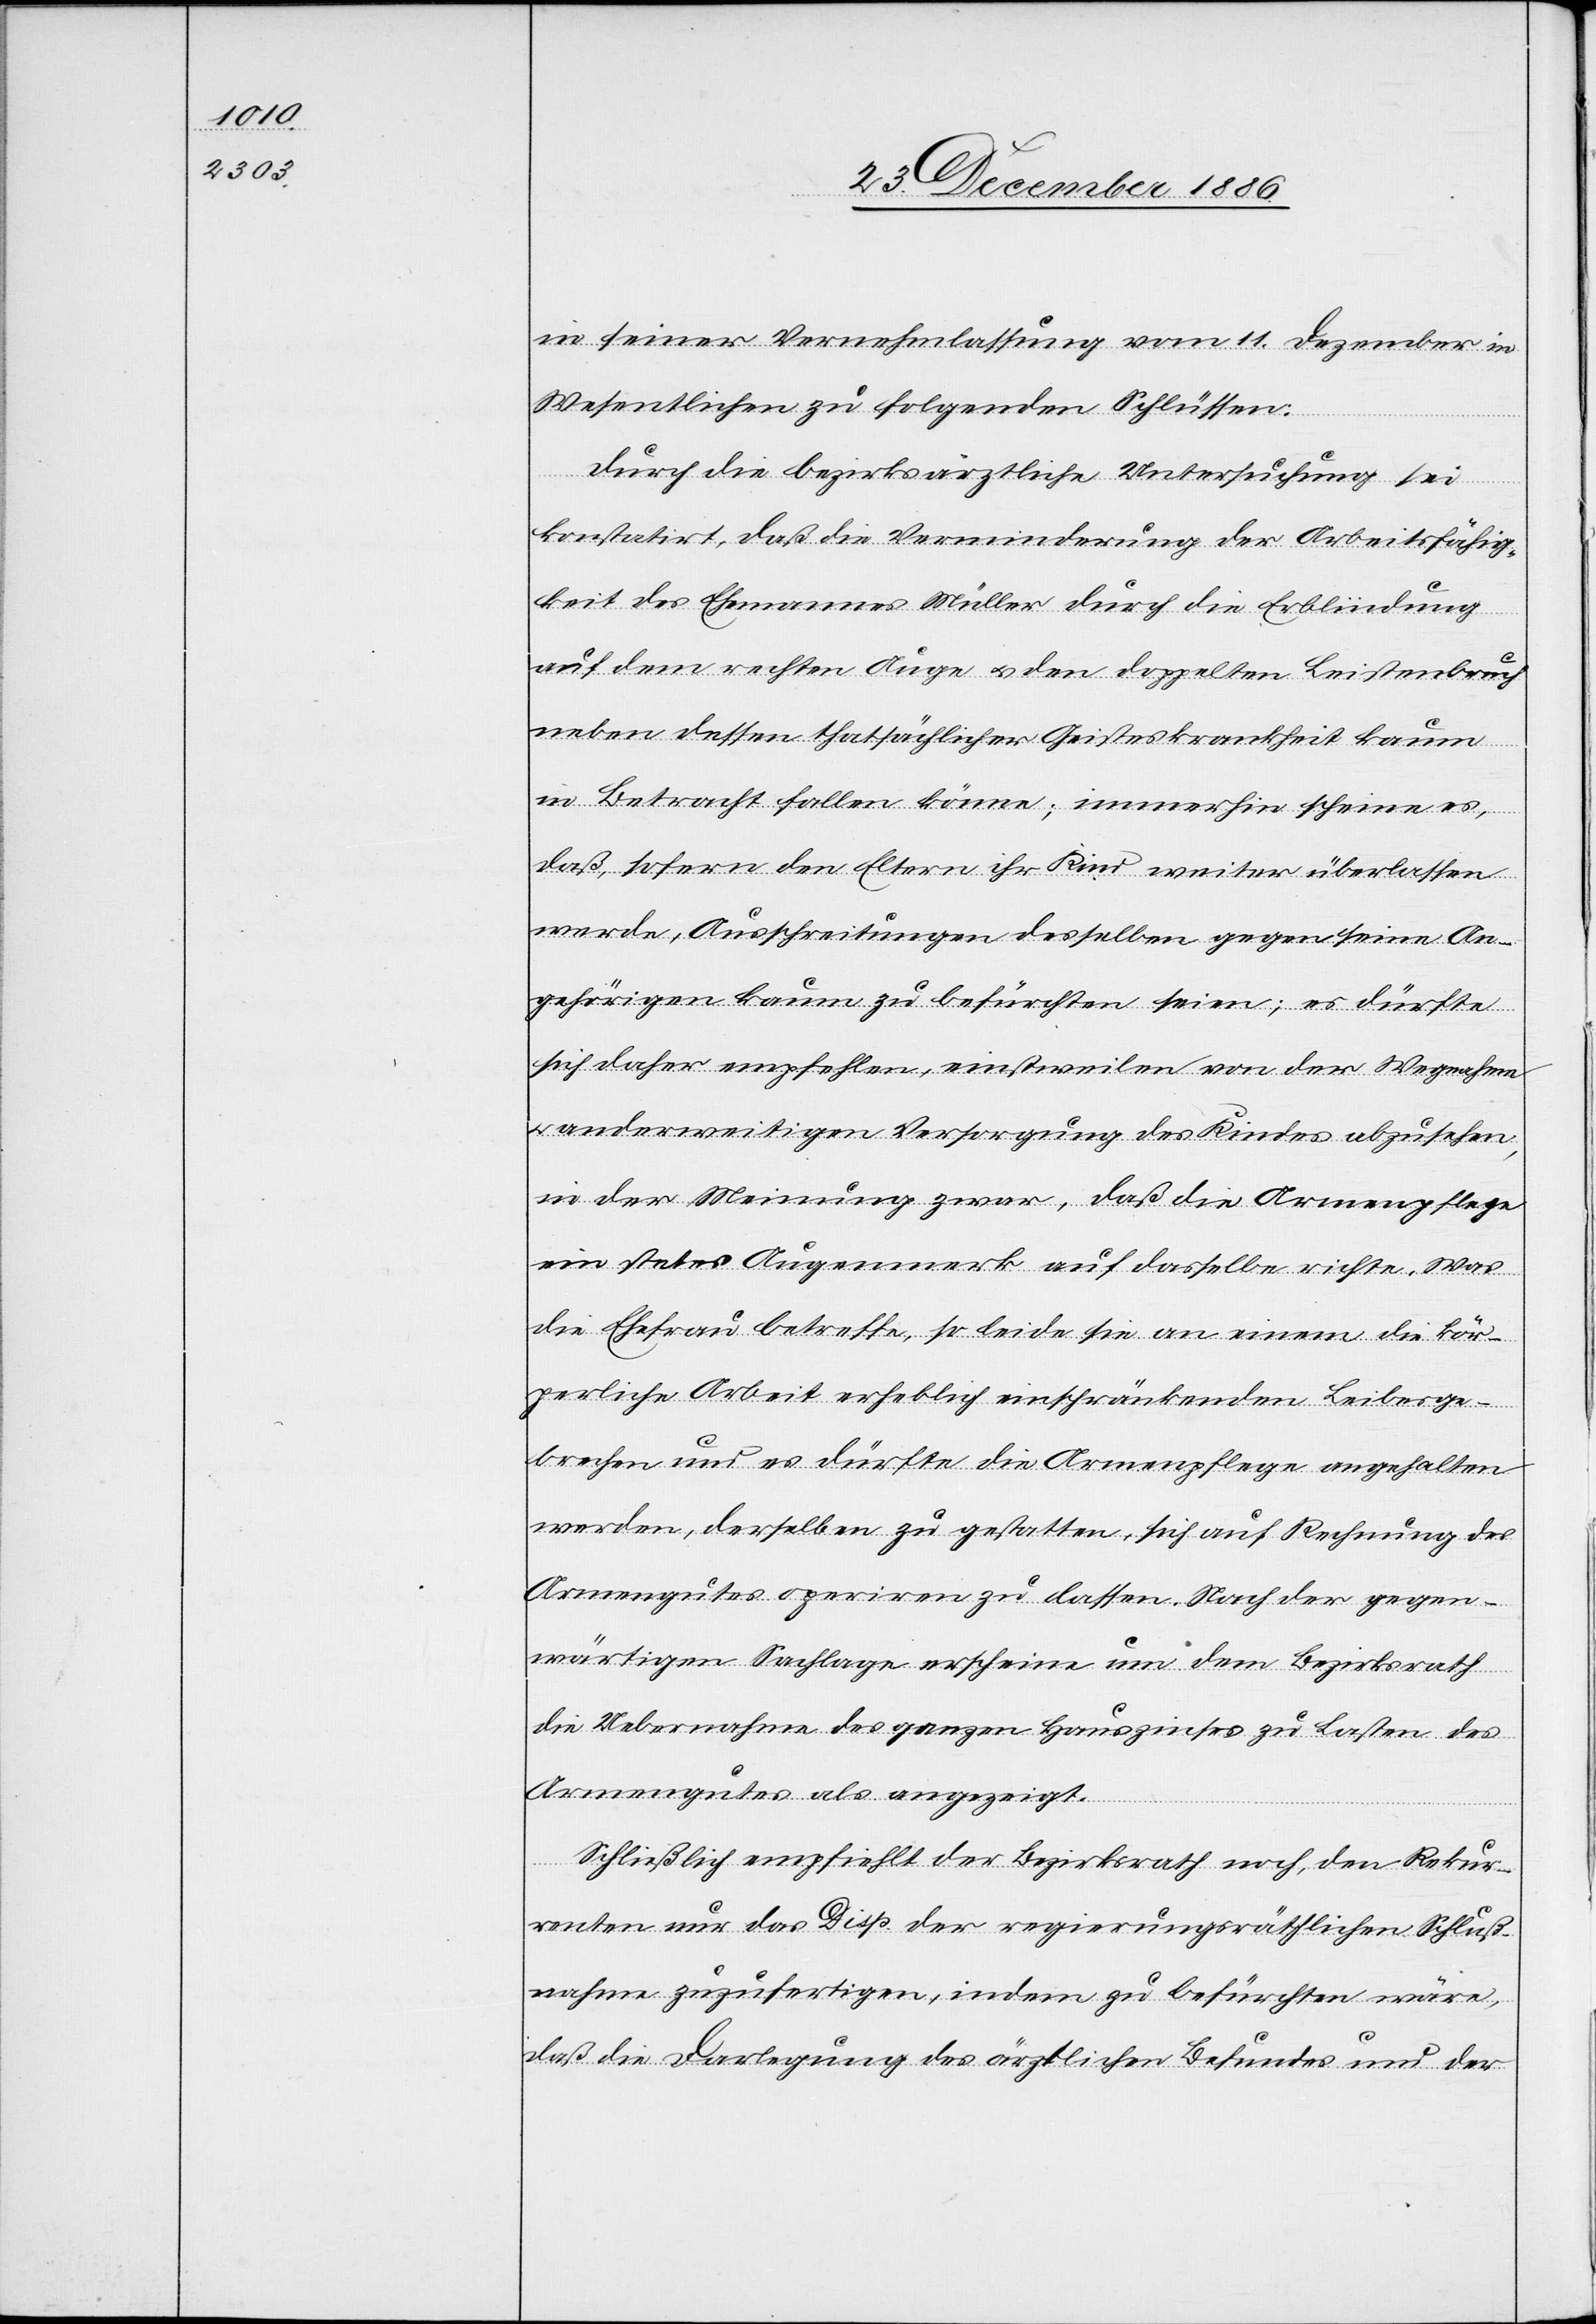
in seiner Vernehmlassung vom 11. Dezember im
Wesentlichen zu folgenden Schlüssen:
Durch die bezirksärztliche Untersuchung sei
konstatirt, daß die Verminderung der Arbeitsfähig¬
keit des Ehemannes Müller durch die Erblindung
auf dem rechten Auge & den doppelten Leistenbruch
neben dessen thatsächlicher Geisteskrankheit kaum
in Betracht fallen könne; immerhin scheine es,
daß, sofern den Eltern ihr Kind weiter überlassen
werde, Ausschreitungen desselben gegen seine An¬
gehörigen kaum zu befürchten seien; es dürfte
sich daher empfehlen, einstweilen von der Wegnahme
anderweitigen Versorgung des Kindes abzusehen,
in der Meinung zwar, daß die Armenpflege
ein stetes Augenmerk auf dasselbe richte. Was
die Ehefrau betreffe, so leide sie an einem die kör¬
perliche Arbeit erheblich einschränkenden Leibesge¬
brechen und es dürfte die Armenpflege angehalten
werden, derselben zu gestatten, sich auf Rechnung des
Armengutes operiren zu lassen. Nach der gegen¬
wärtigen Sachlage erscheine um dem Bezirksrath
die Uebernahme des ganzen Hauszinses zu Lasten des
Armengutes als angezeigt
Schließlich empfiehlt der Bezirksrath noch, den Rekur¬
renten nur das Disp. der regierungsräthlichen Schluß¬
nahme zuzufertigen, indem zu befürchten wäre,
daß die Darlegung des ärztlichen Befundes und der